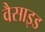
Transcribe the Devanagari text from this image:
वैसाइड